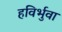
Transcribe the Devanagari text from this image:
हविर्भुवा